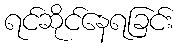
ရင်ဆိုင်နေရခြင်း